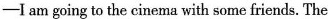
—I am going to the cinema with some friends. The